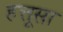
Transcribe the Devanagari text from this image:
हत्तूसा